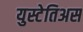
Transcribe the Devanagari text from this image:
युस्टेतिअस